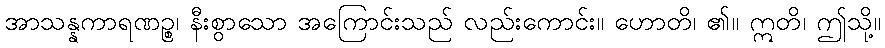
အာသန္နကာရဏဉ္စ၊ နီးစွာသော အကြောင်းသည် လည်းကောင်း။ ဟောတိ၊ ၏။ ဣတိ၊ ဤသို့။